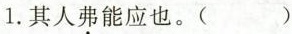
1.其人弗能应也。( )